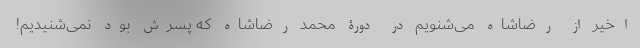
اخیر از رضاشاه می‌شنویم در دورۀ محمد رضا‌شاه که پسرش بود نمی‌شنیدیم!